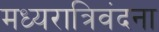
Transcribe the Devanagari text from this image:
मध्यरात्रिवंदना